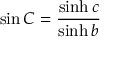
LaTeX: \sin C = { \frac { \sinh c } { \sinh b } }